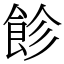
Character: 飻